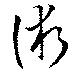
術